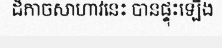
ដ៏កាចសាហាវនេះ បានផ្ទុះឡើង